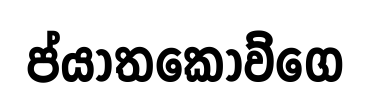
ප්යාතකොව්ගෙ